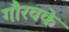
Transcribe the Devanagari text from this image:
गौरवके